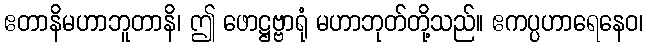
ဧတာနိမဟာဘူတာနိ၊ ဤ ဖောဋ္ဌဗ္ဗာရုံ မဟာဘုတ်တို့သည်။ ဧကပ္ပဟာရေနေဝ၊